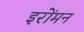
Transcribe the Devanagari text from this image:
इरोंमन